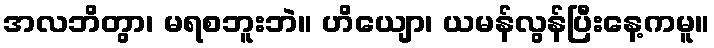
အလဘိတွာ၊ မရစဘူးဘဲ။ ဟိယျော၊ ယမန်လွန်ပြီးနေ့ကမူ။